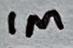
Text: 1M